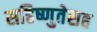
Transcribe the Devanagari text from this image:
सहिष्णुतेसह